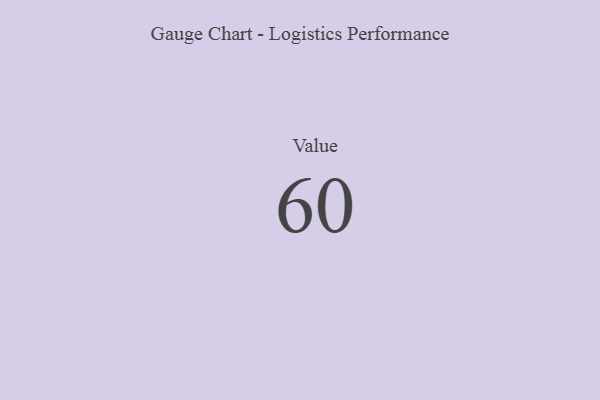
{"axis": {"x": "Metric", "y": "Value"}, "legend": [""], "data": [{"x": "Value", "y": 60, "type": ""}]}